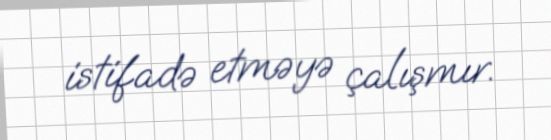
istifadə etməyə çalışmır.